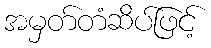
အမှတ်တံဆိပ်ဖြင့်